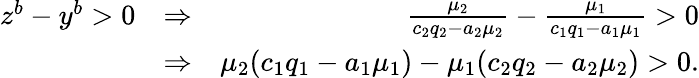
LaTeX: \begin{array}{rlr}{z^{b}-y^{b}>0}&{\Rightarrow}&{\frac{\mu_{2}}{c_{2}q_{2}-a_{2}\mu_{2}}-\frac{\mu_{1}}{c_{1}q_{1}-a_{1}\mu_{1}}>0}\\ &{\Rightarrow}&{\mu_{2}(c_{1}q_{1}-a_{1}\mu_{1})-\mu_{1}(c_{2}q_{2}-a_{2}\mu_{2})>0.}\end{array}